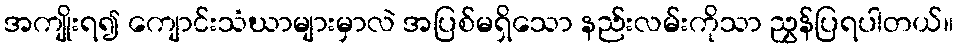
အကျိုးရ၍ ကျောင်းသံဃာများမှာလဲ အပြစ်မရှိသော နည်းလမ်းကိုသာ ညွှန်ပြရပါတယ်။